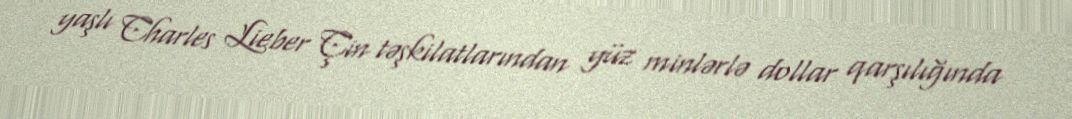
yaşlı Charles Lieber Çin təşkilatlarından yüz minlərlə dollar qarşılığında